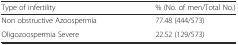
<table><thead><tr><td><b>Type of infertility</b></td><td><b>% (No. of men/Total No.)</b></td></tr></thead><tbody><tr><td>Non obstructive Azoospermia</td><td>77.48 (444/573)</td></tr><tr><td>Oligozoospermia Severe</td><td>22.52 (129/573)</td></tr></tbody></table>